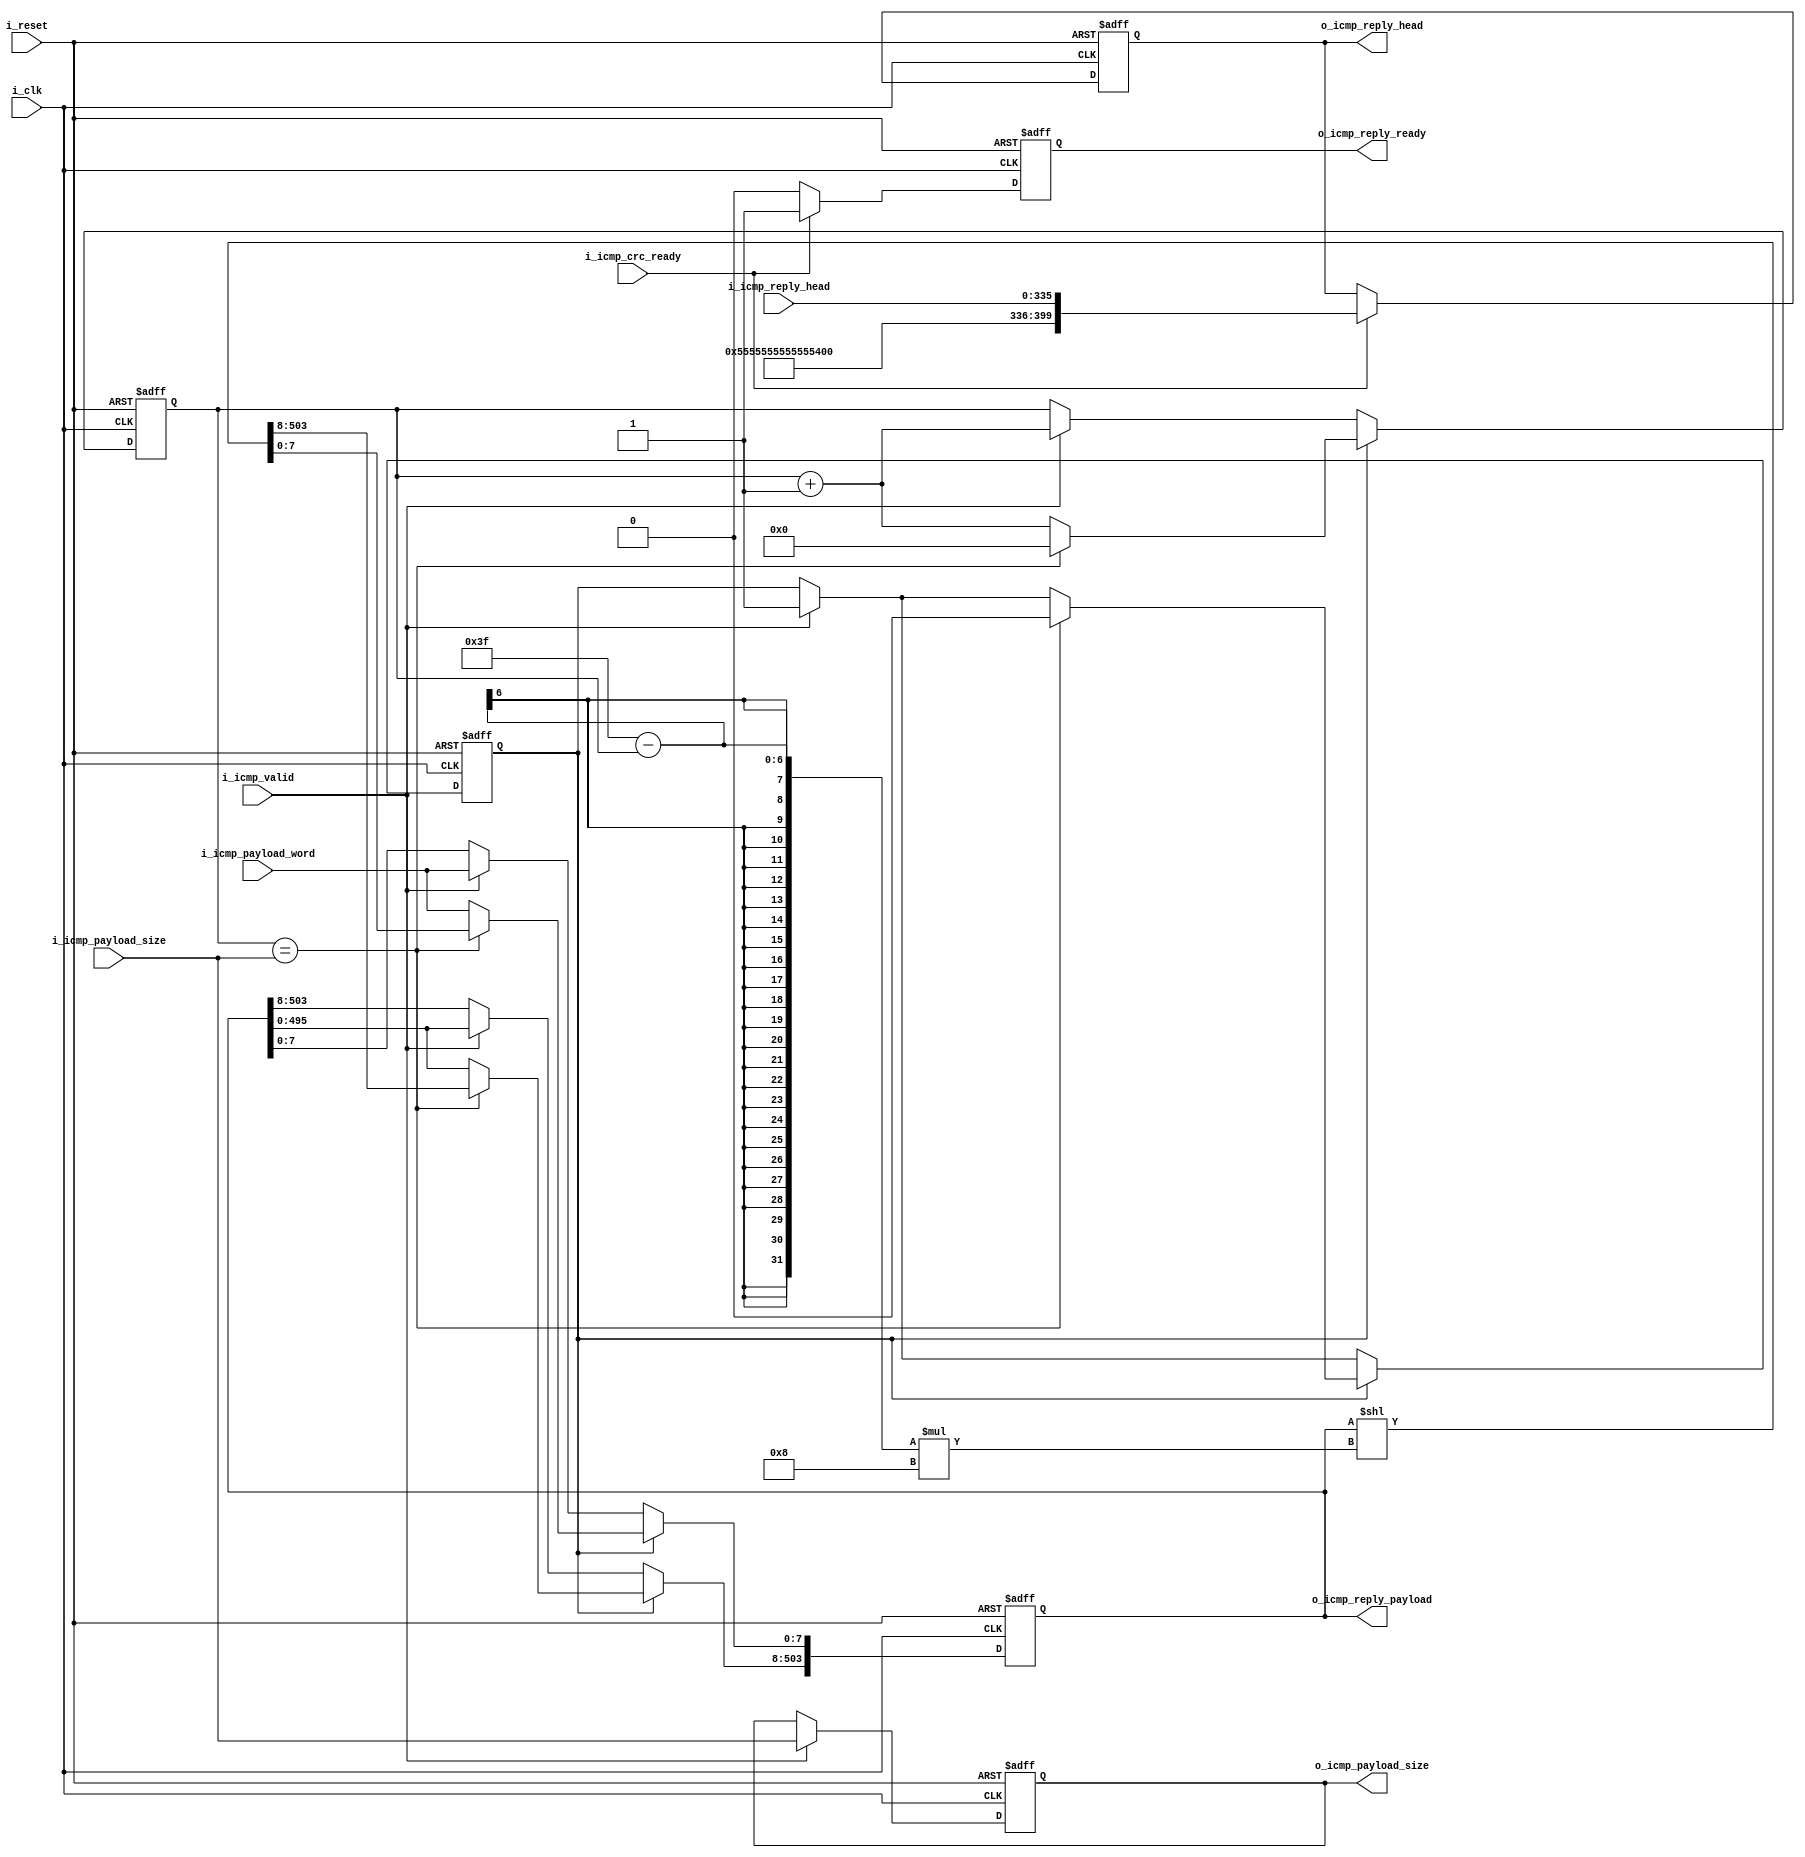
module tb_ethernet_icmp_reply_builder(
	input 					i_clk,
	input 					i_reset,
	input 					i_icmp_crc_ready,
	input 					i_icmp_valid,
	input 		[7:0]		i_icmp_payload_word,
	input 		[5:0]		i_icmp_payload_size,
	input 		[42*8-1:0]	i_icmp_reply_head,
	output	reg	[50*8-1:0]	o_icmp_reply_head,
	output	reg	[63*8-1:0]	o_icmp_reply_payload,
	output	reg	[5:0]		o_icmp_payload_size,
	output	reg				o_icmp_reply_ready
);
	reg	[5:0]	icmp_reply_payload_size;
	reg 		get_payload;
	
	initial begin
		o_icmp_reply_head			<= 0;
		o_icmp_reply_payload		<= 0;
		o_icmp_payload_size			<= 0;
		icmp_reply_payload_size		<= 0;
		o_icmp_reply_ready			<= 0;
		get_payload					<= 0;
	end
	
	always @(posedge i_clk, posedge i_reset) begin
		if (i_reset) begin
			o_icmp_reply_head			<= 0;
			o_icmp_reply_payload		<= 0;
			o_icmp_payload_size			<= 0;
			icmp_reply_payload_size		<= 0;
			o_icmp_reply_ready			<= 0;
			get_payload					<= 0;
		end else begin
			
			if (i_icmp_valid) begin
				o_icmp_reply_payload 		<= o_icmp_reply_payload << 8;
				o_icmp_reply_payload[7:0]	<= i_icmp_payload_word;
				icmp_reply_payload_size		<= icmp_reply_payload_size + 1;
				
				o_icmp_payload_size 		<= i_icmp_payload_size;
				
				get_payload 				<= 1;
			end else;
			
			if (i_icmp_crc_ready) begin
				o_icmp_reply_head 		<= {64'h55555555555555D5, i_icmp_reply_head};
				o_icmp_reply_ready 		<= 1;
			end else o_icmp_reply_ready <= 0;
			
			if (get_payload) begin
				if (icmp_reply_payload_size == i_icmp_payload_size) begin
					o_icmp_reply_payload 		<= o_icmp_reply_payload << ((6'd63 - icmp_reply_payload_size) * 8);
					icmp_reply_payload_size 	<= 0;
					get_payload				 	<= 0;
				end else begin
					o_icmp_reply_payload 		<= o_icmp_reply_payload << 8;
					o_icmp_reply_payload[7:0]	<= i_icmp_payload_word;
					icmp_reply_payload_size		<= icmp_reply_payload_size + 1;
				end
			end else;
		end
	end
	
endmodule